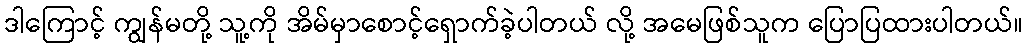
ဒါကြောင့် ကျွန်မတို့ သူ့ကို အိမ်မှာစောင့်ရှောက်ခဲ့ပါတယ် လို့ အမေဖြစ်သူက ပြောပြထားပါတယ်။